Sanitation, dispensaries and jails vaccination Rajputana 1922-1927 - 1922-1927
Year: 1922
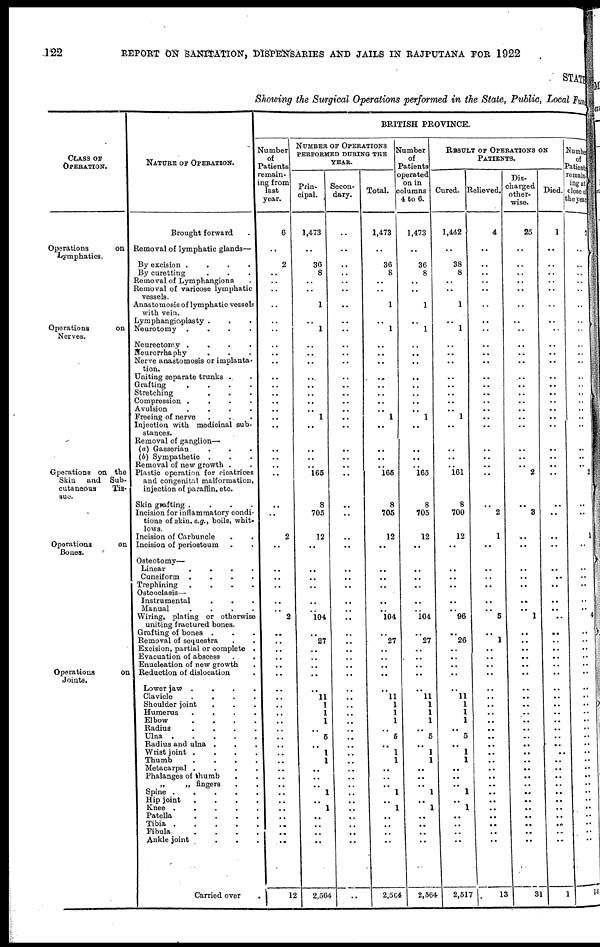
122
REPORT ON SANITATION, DISPENSARIES AND JAILS IN RAJPUTANA FOR 1922
STATE
Showing the Surgical Operations performed in the State, Public, Local Fun
CLASS OF
OPERATION.
Operations
on
Lymphatics.
Operations
on
Nerves.
Gperations on the
Skin and Sub¬
cutaneous
Tis-
sue.
Operations
on
Bones.
Operations
on
Joints.
NATURE OF OPERATION.
Brought forward .
Removal of lymphatic glands—
By excision
.
.
.
.
By curetting . . . .
Removal of Lymphangiona .
Removal of varicose lymphatic
vessels.
Anastomosis of lymphatic vessels
with vein.
Lymphangioplasty . . .
Neurotomy . . . .
Neureetomy
.
.
.
.
Neurorrhaphy . . .
Nerve anastomosis or implanta-
tion.
Uniting separate trunks . .
Grafting
.
.
.
.
Stretching . . . .
Compression
.
.
.
.
Avulsion
.
.
.
.
Freeing of nerve
Injection with medicinal sub-
stances.
Removal of ganglion—
(a) Gasserian. . . .
(b) Sympathetic . . . .
Removal of new growth .
Plastic operation for cicatrices
and congenital malformation,
injection of paraffin, etc.
Skin grafting
.
.
.
.
Incision for inflammatory condi-
tions of skin, e.g., boils, whit-
lows.
Incision of Carbuncle . .
Incision of periosteum . .
Osteotomy—
Linear
.
.
.
.
Cuneiform
.
.
.
.
Trephining
.
.
.
.
Osteoclasis—
Instrumental . . .
Manual
.
.
.
.
Wiring. plating or otherwise
uniting fractured bones.
Grafting of bones . . .
Removal of sequestra . .
Excision, partial or complete.
Evacuation of abscess
.
.
Enucleation of new growth .
Reduction of dislocation
Lower jaw
.
.
.
.
Clavicle
.
.
.
.
Shoulder joint . . . . . .
Humerus
.
.
.
.
Elbow
.
.
.
.
Radius
.
.
.
.
Ulna .
.
.
.
.
Radius and ulna . . .
Wrist joint .
.
.
.
Thumb
.
.
.
.
Metacarpal .
.
.
.
Phalanges of thumb . .
„
„ fingers . .
Spine .
.
.
.
.
Hip joint
.
.
.
.
Knee .
.
.
.
.
Patella
.
.
.
.
Tibia .
.
.
.
.
Fibula
.
.
.
.
Ankle joint
.
.
.
Carried over .
BRITISH PROVINCE.
Number
of
Patients
remain-
ing from
last
year.
6
..
2
..
..
..
..
..
..
..
..
..
..
..
..
..
..
..
..
..
..
..
..
..
..
..
2
..
..
..
..
..
..
..
..
2
..
..
..
..
..
..
..
..
..
..
..
..
..
..
..
..
..
..
..
..
..
..
..
..
..
..
12
NUMBER OF OPERATIONS
PERFORMED DURING THE
YEAR.
Prin-
cipal.
1.473
..
36
8
..
..
1
..
1
..
..
..
..
..
..
..
..
1
..
..
..
..
..
165
8
705
12
..
..
..
..
..
..
..
..
104
..
27
..
..
..
..
..
11
1
1
1
..
5
..
1
1
..
..
..
1
..
1
..
..
..
..
2.564
Secon-
dary.
..
..
..
..
..
..
..
..
..
..
..
..
..
..
..
..
..
..
..
..
..
..
..
..
..
..
..
..
..
..
..
..
..
..
..
..
..
..
..
..
..
..
..
..
..
..
..
..
..
..
..
..
..
..
..
..
..
..
..
..
..
..
..
Total.
1.473
..
36
8
..
..
1
..
1
..
..
..
..
..
..
..
..
1
..
..
..
..
..
165
8
705
12
..
..
..
..
..
..
..
..
104
..
27
..
..
..
..
..
11
1
1
1
..
5
..
1
1
..
..
..
1
..
1
..
..
..
..
2,564
Number
of
Patients
operated
on in
columns
4 to 6.
1.473
..
36
8
..
..
1
..
1
..
..
..
..
..
..
..
..
1
..
..
..
..
..
165
8
705
12
..
..
..
..
..
..
..
..
104
..
27
..
..
..
..
..
11
1
1
1
.. 5
..
1
1
..
..
..
1
..
1
..
..
..
..
2,564
RESULT OF OPERATIONS ON
PATIENTS.
Cured.
1.442
..
38
8
..
..
1
..
1
..
..
..
..
..
..
..
..
1
..
..
..
..
..
161
8
700
12
..
..
..
..
..
..
..
..
96
..
26
..
..
..
..
..
11
1
1
1
.. 5
..
1
1
..
..
..
1
..
1
..
..
..
..
2,517
Relieved.
4
..
..
..
..
..
..
..
..
..
..
..
..
..
..
..
..
..
..
..
..
..
..
..
..
2
1
..
..
..
..
..
..
..
..
5
..
1
..
..
..
..
..
..
..
..
..
..
..
..
..
..
..
..
..
..
..
..
..
..
..
..
13
Dis-
charged
other-
wise.
25
..
..
..
..
..
..
..
..
..
..
..
..
..
..
..
..
..
..
..
..
..
..
2
..
3
..
..
..
..
..
..
..
..
..
1
..
..
..
..
..
..
..
..
..
..
..
..
..
..
..
..
..
..
..
..
..
..
..
..
..
..
31
Died.
1
..
..
..
..
..
..
..
..
..
..
..
..
..
..
..
..
..
..
..
..
..
..
..
..
..
..
..
..
..
..
..
..
..
..
..
..
..
..
..
..
..
..
..
..
..
..
..
..
..
..
..
..
..
..
..
..
..
..
..
..
..
1
Number
of
Patients
remain¬
ing at
close of
the year.
7
..
..
..
..
..
..
..
..
..
..
..
..
..
..
..
..
..
..
..
..
..
..
2
..
..
1
..
..
..
..
..
..
..
..
4
..
..
..
..
..
..
..
..
..
..
..
..
..
..
..
..
..
..
..
..
..
..
..
..
..
..
14